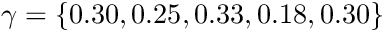
\gamma = \{ 0 . 3 0 , 0 . 2 5 , 0 . 3 3 , 0 . 1 8 , 0 . 3 0 \}